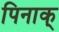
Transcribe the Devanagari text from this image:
पिनाक्